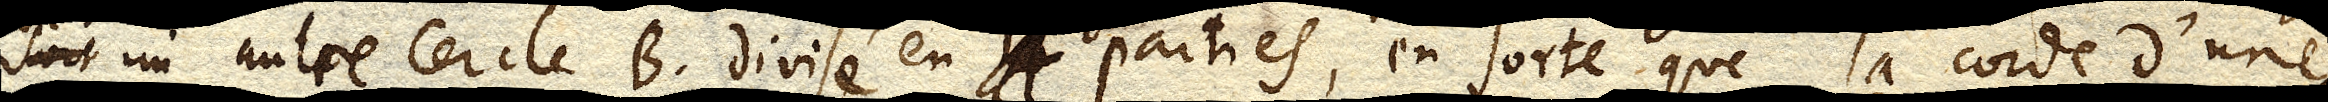
soit un autre cercle B. divisé en parties, en sorte que la corde d’une